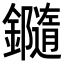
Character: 𨯝